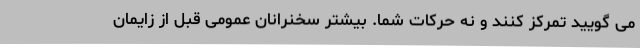
می گویید تمرکز کنند و نه حرکات شما. بیشتر سخنرانان عمومی قبل از زایمان